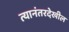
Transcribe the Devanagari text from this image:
त्यानंतरदेखील